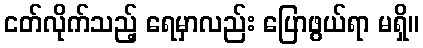
ငတ်လိုက်သည့် ရေမှာလည်း ပြောဖွယ်ရာ မရှိ။